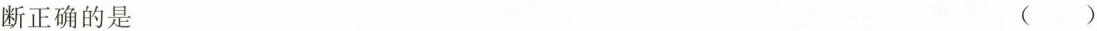
断正确的是（）